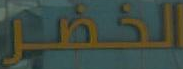
الخضر